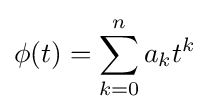
\phi (t)=\sum \limits _{k=0}^{n}a_{k}t^{k}